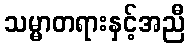
သမ္မာတရားနှင့်အညီ